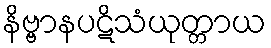
နိဗ္ဗာနပဋိသံယုတ္တာယ